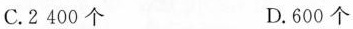
C. 2400个 D. 600个